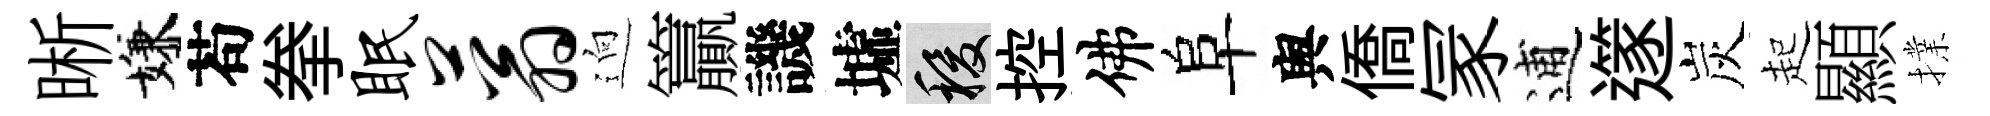
晰嫌苟拳眠蓊逈籯譏墟稷控佛阜舆僑冡逋𨗹炭起顯擈